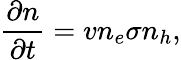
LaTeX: \frac{\partial n}{\partial t}=vn_{e}\sigma n_{h},